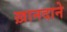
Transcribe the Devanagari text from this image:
ख़ानदाने